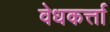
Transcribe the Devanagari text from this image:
वेधकर्त्ता